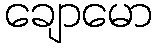
ချောမော